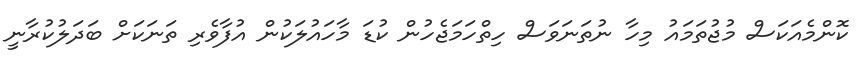
ކޮންމެއަކަސް މުޖުތަމައު މިހާ ނުތަނަވަސް ހިތްހަމަޖެހުން ކުޑަ މާހައުލަކުން އުފާވެރި ތަނަކަށް ބަދަލުކުރާނީ